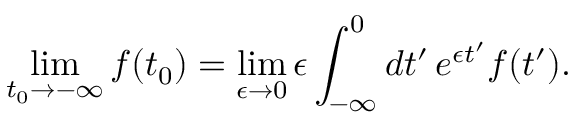
\operatorname* { l i m } _ { t _ { 0 } \to - \infty } f ( t _ { 0 } ) = \operatorname* { l i m } _ { \epsilon \to 0 } \epsilon \int _ { - \infty } ^ { 0 } d t ^ { \prime } \, e ^ { \epsilon t ^ { \prime } } f ( t ^ { \prime } ) .